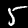
Digit: 5